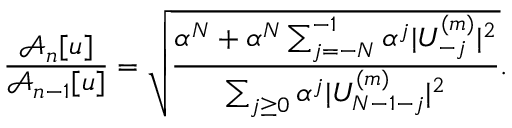
\frac { \mathcal { A } _ { n } [ u ] } { \mathcal { A } _ { n - 1 } [ u ] } = \sqrt { \frac { \alpha ^ { N } + \alpha ^ { N } \sum _ { j = - N } ^ { - 1 } { \alpha ^ { j } | U _ { - j } ^ { ( m ) } | ^ { 2 } } } { \sum _ { j \ge 0 } { \alpha ^ { j } | U _ { N - 1 - j } ^ { ( m ) } | ^ { 2 } } } } .